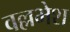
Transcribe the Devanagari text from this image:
वल्लभेश